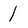
Character: l